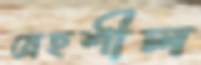
স্নেহশীল